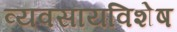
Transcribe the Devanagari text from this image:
व्यवसायविशेष